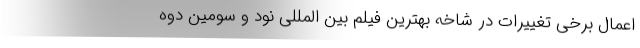
اعمال برخی تغییرات در شاخه بهترین فیلم بین المللی نود و سومین دوه